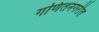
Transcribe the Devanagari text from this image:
गणितनगरीत